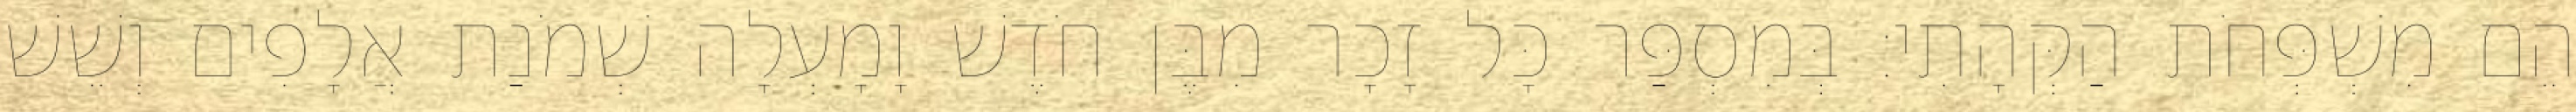
הֵם מִשְׁפְּחֹת הַקְּהָתִי׃ בְּמִסְפַּר כָּל זָכָר מִבֶּן חֹדֶשׁ וָמָעְלָה שְׁמֹנַת אֲלָפִים וְשֵׁשׁ